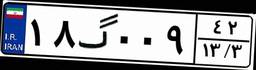
۱۸گ۰۰۹۴۲